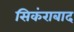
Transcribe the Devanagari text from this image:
सिकंराबाद